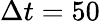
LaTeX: \Delta t=50